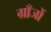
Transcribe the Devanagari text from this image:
ग्राँजों